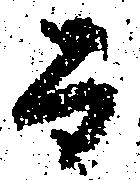
而